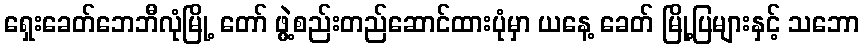
ရှေးခေတ်ဘေဘီလုံမြို့ တော် ဖွဲ့စည်းတည်ဆောင်ထားပုံမှာ ယနေ့ ခေတ် မြို့ပြများနှင့် သဘော